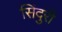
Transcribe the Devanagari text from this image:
सिंदुरी